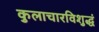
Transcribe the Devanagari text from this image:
कुलाचारविशुद्धं